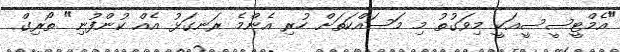
"އެމްޓީސީސީއަކީ މިވަގުތު މި މަސައްކަތަށް ހުރި އެންމެ ރަނގަޅު އެއް ކުންފުނި" ތޯރިގް